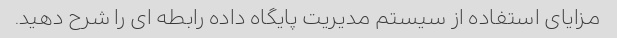
مزایای استفاده از سیستم مدیریت پایگاه داده رابطه ای را شرح دهید.